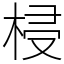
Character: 梫